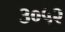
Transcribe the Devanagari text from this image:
३०५२